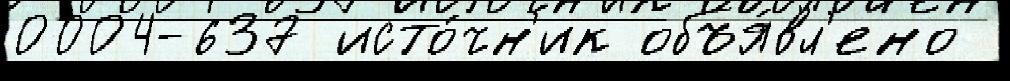
0004-637 исто́чн'ик объя́вл'ено